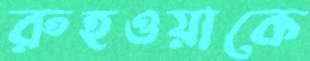
রুহওয়াকে